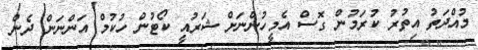
މުއްދަތު އިތުރު ކުރަމުން ގޮސް އެމީހުންނަށް ޝަރުއީ ކޯޓުން ހުކުމް އަންނަން ދެން